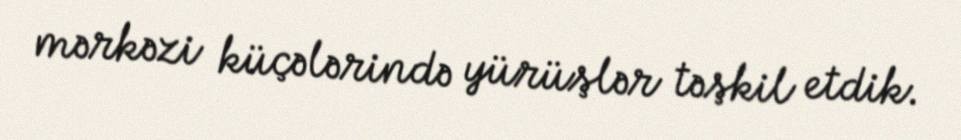
mərkəzi küçələrində yürüşlər təşkil etdik.